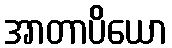
အာတာပိယော